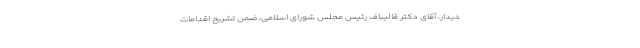
دیدار، آقای دکتر قالیباف رئیس مجلس شورای اسلامی، ضمن تشریح اقدامات